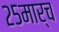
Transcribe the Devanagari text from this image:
२५मार्च